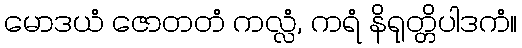
မောဒယံ ဇောတတံ ကလ္လံ, ကရံ နိရုတ္တိပါဒကံ။